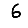
Digit: 6